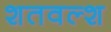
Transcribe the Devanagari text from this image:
शतवल्श